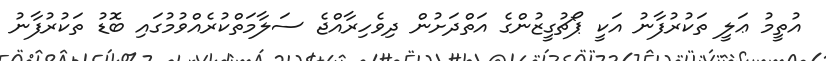
އުތީމު ޢަލީ ތަކުރުފާނު އަކީ ޕޯޗުގީޒުންގެ އަތްދަށުން ދިވެހިރާއްޖެ ސަލާމަތްކުރެއްވުމުގައި ބޮޑު ތަކުރުފާނު